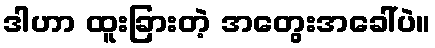
ဒါဟာ ထူးခြားတဲ့ အတွေးအခေါ်ပဲ။